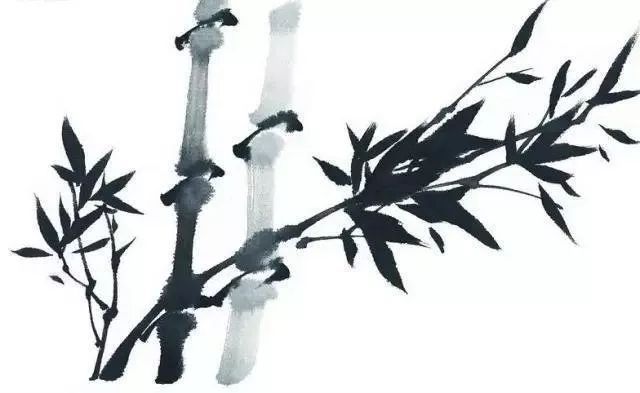
君仁莫不仁，君义莫不义，君正莫不正。